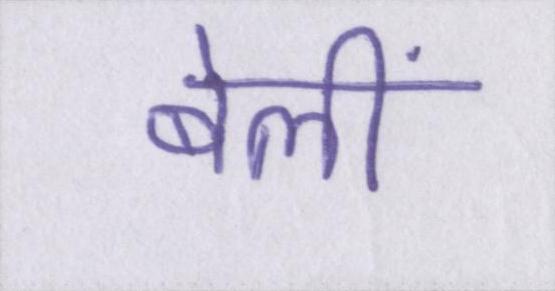
बेलीं